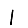
Digit: 1